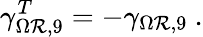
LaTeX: \gamma_{\Omega\mathcal{R},9}^{T}=-\gamma_{\Omega\mathcal{R},9}~.